Vaccine operations Central Provinces 1868-1885 - 1868-1885
Year: 1868
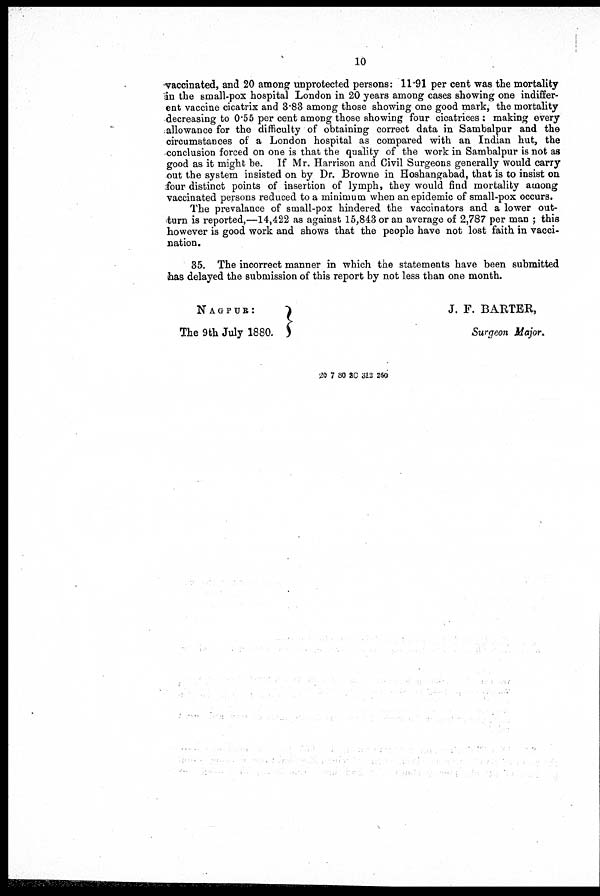
10
vaccinated, and 20 among unprotected persons: 11.91 per cent was the mortality
In the small-pox hospital London in 20 years among cases showing one indiffer-
ent vaccine cicatrix and 3.83 among those showing one good mark, the mortality
decreasing to 0.55 per cent among those showing four cicatrices : making every
allowance for the difficulty of obtaining correct data in Sambalpur and the
circumstances of a London hospital as compared with an Indian hut, the
conclusion forced on one is that the quality of the work in Sambalpur is not as
good as it might be. If Mr. Harrison and Civil Surgeons generally would carry
out the system insisted on by Dr. Browne in Hoshangabad, that is to insist on
four distinct points of insertion of lymph, they would find mortality among
vaccinated persons reduced to a minimum when an epidemic of small-pox occurs.
The prevalance of small-pox hindered the vaccinators and a lower out-
-turn is reported,—14,422 as against 15,843 or an average of 2,787 per man ; this
however is good work and shows that the people have not lost faith in vacci-
nation.
35. The incorrect manner in which the statements have been submitted
has delayed the submission of this report by not less than one month.
NAGPUR:
The 9th July 1880.
J. F. BARTEK,
Surgeon Major.
20 7 80 8C 312 260